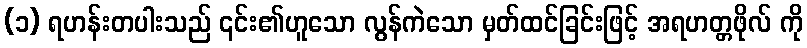
(၁) ရဟန်းတပါးသည် ၎င်း၏ဟူသော လွန်ကဲသော မှတ်ထင်ခြင်းဖြင့် အရဟတ္တဖိုလ် ကို